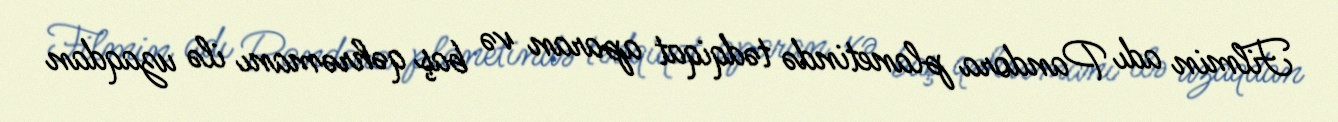
Filmin adı Pandora planetində tədqiqat aparan və baş qəhrəmanı ilə uzaqdan